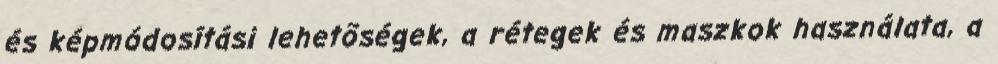
és képmódosítási lehetõségek, a rétegek és maszkok használata, a